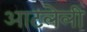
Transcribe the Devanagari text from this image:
आटलेली